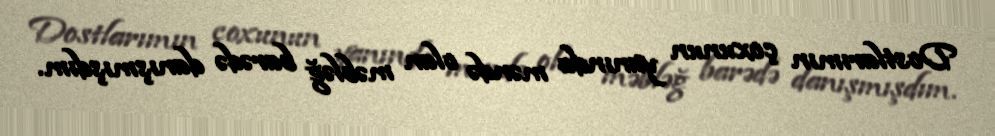
Dostlarımın çoxunun yanında məndə olan məbləğ barədə danışmışdım.